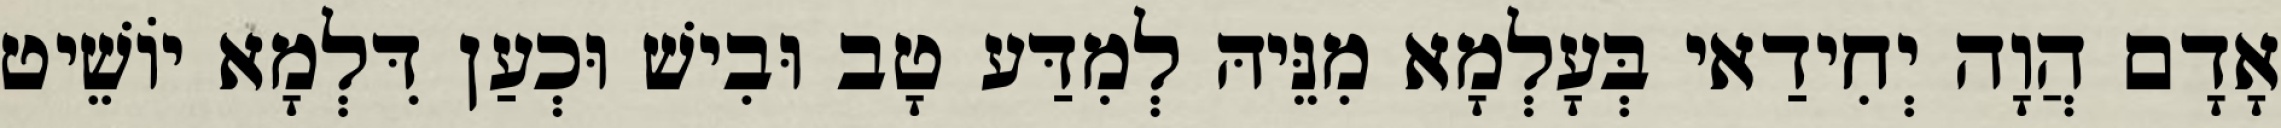
אָדָם הֲוָה יְחִידַאי בְּעָלְמָא מִנֵּיהּ לְמִדַּע טָב וּבִישׁ וּכְעַן דִּלְמָא יוֹשֵׁיט